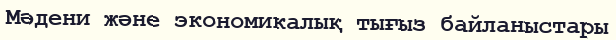
Мәдени және экономикалық тығыз байланыстары